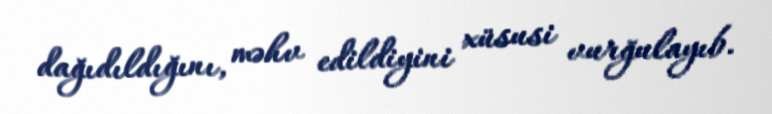
dağıdıldığını, məhv edildiyini xüsusi vurğulayıb.